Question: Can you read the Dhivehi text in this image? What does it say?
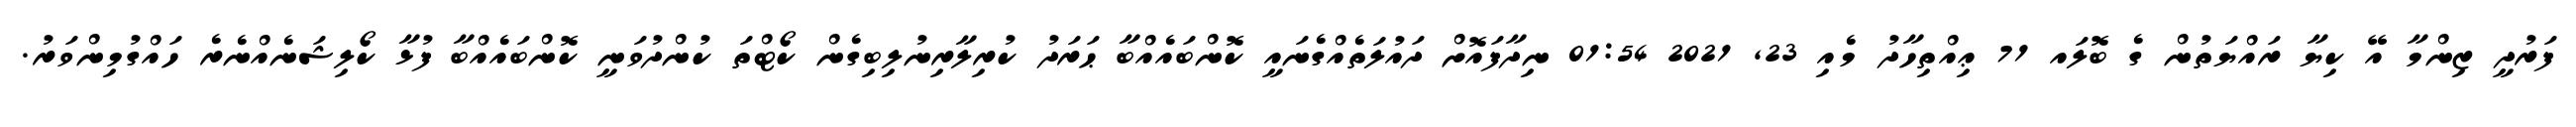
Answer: ފަރުދީ ޒިންމާ އޭ ކިޔާ ރައްޔަތުން ގެ ބޮލައ 71 ޢިއްތިހާދު މެއި 23, 2021 01:54 ނިދާފައޮށް ދައުލަތެއްގެނައީ ކޮންބައެއްބާ ޙަރަދު ކުރިލާރިނުލިބިގެން ކޯޓްތަ ކުންދުވަނީ ކޮންބައެއްބާ ފުޅާ ކޯލިޝަނެއްނެރެ ހައްގުމިންވަރު.